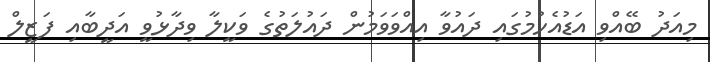
މިއަދު ބޭއްވި އަޑުއެހުމުގައި ދައުވާ އިއްވަވަމުން ދައުލަތުގެ ވަކީލާ ވިދާޅުވީ އަދީބާއި ފަޒީލް